Report on vaccination in the Province of Bengal - 1869-1873
Year: 1869
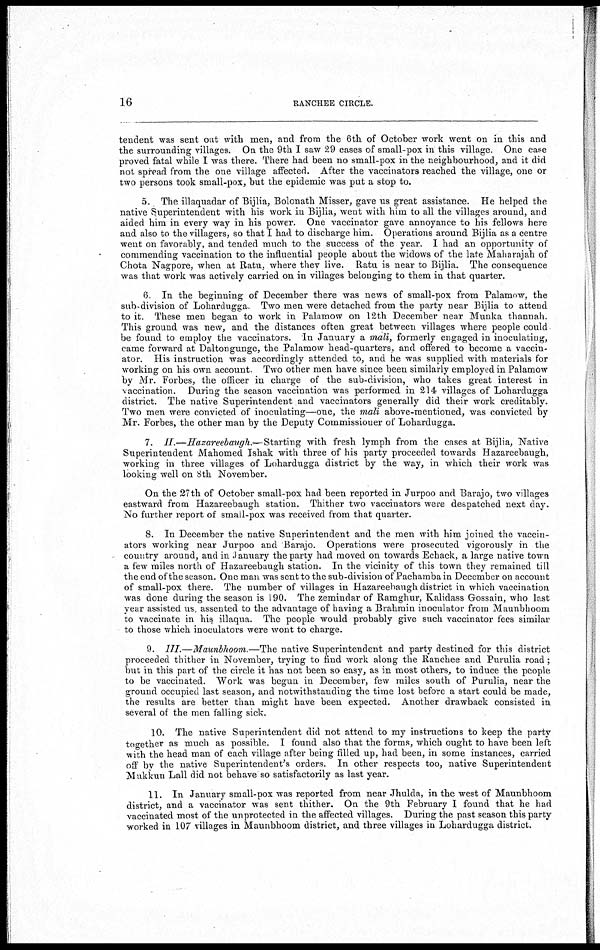
16
RANCHEE CIRCLE.
tendent was sent out with men, and from the 6th of October work went on in this and
the surrounding villages. On the 9th I saw 29 cases of small-pox in this village. One case
proved fatal while I was there. There had been no small-pox in the neighbourhood, and it did
not spread from the one village affected. After the vaccinators reached the village, one or
two persons took small-pox, but the epidemic was put a stop to.
5. The illaquadar of Bijlia, Bolonath Misser, gave us great assistance. He helped the
native Superintendent with his work in Bijha, went with him to all the villages around, and
aided him in every way in his power. One vaccinator gave annoyance to his fellows here
and also to the villagers, so that I had to discharge him. Operations around Bijlia as a centre
went on favorably, and tended much to the success of the year. I had an opportunity of
commending vaccination to the influential people about the widows of the late Maharajah of
Chota Nagpore, when at Ratu, where they live. Ratu is near to Bijlia. The consequence
was that work was actively carried on in villages belonging to them in that quarter.
6. In the beginning of December there was news of small-pox from Palamow, the
sub-division of Lohardugga Two men were detached from the party near Bijlia to attend
to it. These men began to work in Palamow on 12th December near Munka thannah.
This ground was new, and the distances often great between villages where people could
be found to employ the vaccinators. In January a mali, formerly engaged in inoculating,
came forward at Daltongunge, the Palamow head-quarters, and offered to become a vaccin-
ator. His instruction was accordingly attended to, and he was supplied with materials for
working on his own account Two other men have since been similarly employed in Palamow
by Mr. Forbes, the officer in charge of the sub-division, who takes great interest in
vaccination. During the season vaccination was performed in 214 villages of Lohardugga
district. The native Superintendent and vaccinators generally did their work creditably.
Two men were convicted of inoculating—one, the mali above-mentioned, was convicted by
Mr. Forbes, the other man by the Deputy Commissioner of Lohardugga.
7. II.—Hazareebaugh.—Starting
with fresh lymph from the cases at Bijlia, Native
Superintendent Mahomed Ishak with three of his party proceeded towards Hazareebaugh,
working in three villages of Lohardugga district by the way, in which their work was
looking well on 8 th November.
On the 27th of October small-pox had been reported in Jurpoo and Barajo, two villages
eastward from Hazareebaugh station. Thither two vaccinators were despatched next day.
No further report of small-pox was received from that quarter.
8. In December the native Superintendent and the men with him joined the vaccin-
ators working near Jurpoo and Barajo. Operations were prosecuted vigorously in the
country around, and in .January the party had moved on towards Echack, a large native town
a few miles north of Hazareebaugh station. In the vicinity of this town they remained till
the end of the season. One man was sent to the sub-division of Pachamba in December on account
of small-pox there. The number of villages in Hazareebaugh district in which vaccination
was done during the season is 190. The zemindar of Ramghur, Kalidass Gossain, who last
year assisted us, assented to the advantage of having a Brahmin inoculator from Maunbhoom
to vaccinate in his illaqua. The people would probably give such vaccinator fees similar
to those which inoculators were wont to charge.
9. III.—Maunbhoom —The native Superintendent and party destined for this district
proceeded thither in November, trying to find work along the Ranchee and Purulia road ;
but in this part of the circle it has not been so easy, as in most others, to induce the people
to be vaccinated. Work was begun in December, few miles south of Purulia, near the
ground occupied last season, and notwithstanding the time lost before a start could be made,
the results are better than might have been expected. Another drawback consisted in
several of the men falling sick.
10. The native Superintendent did not attend to my instructions to keep the party
together as much as possible. I found also that the forms, which ought to have been left
with the head man of each village after being filled up, had been, in some instances, carried
off by the native Superintendent's orders. In other respects too, native Superintendent
Mukkun Lall did not behave so satisfactorily as last year.
11. In January small-pox was reported from near Jhulda, in the west of Maunbhoom
district, and a vaccinator was sent thither. On the 9th February I found that he had
vaccinated most of the unprotected in the affected villages. During the past season this party
worked in 107 villages in Maunbhoom district, and three villages in Lohardugga district.